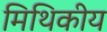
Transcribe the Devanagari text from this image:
मिथिकीय